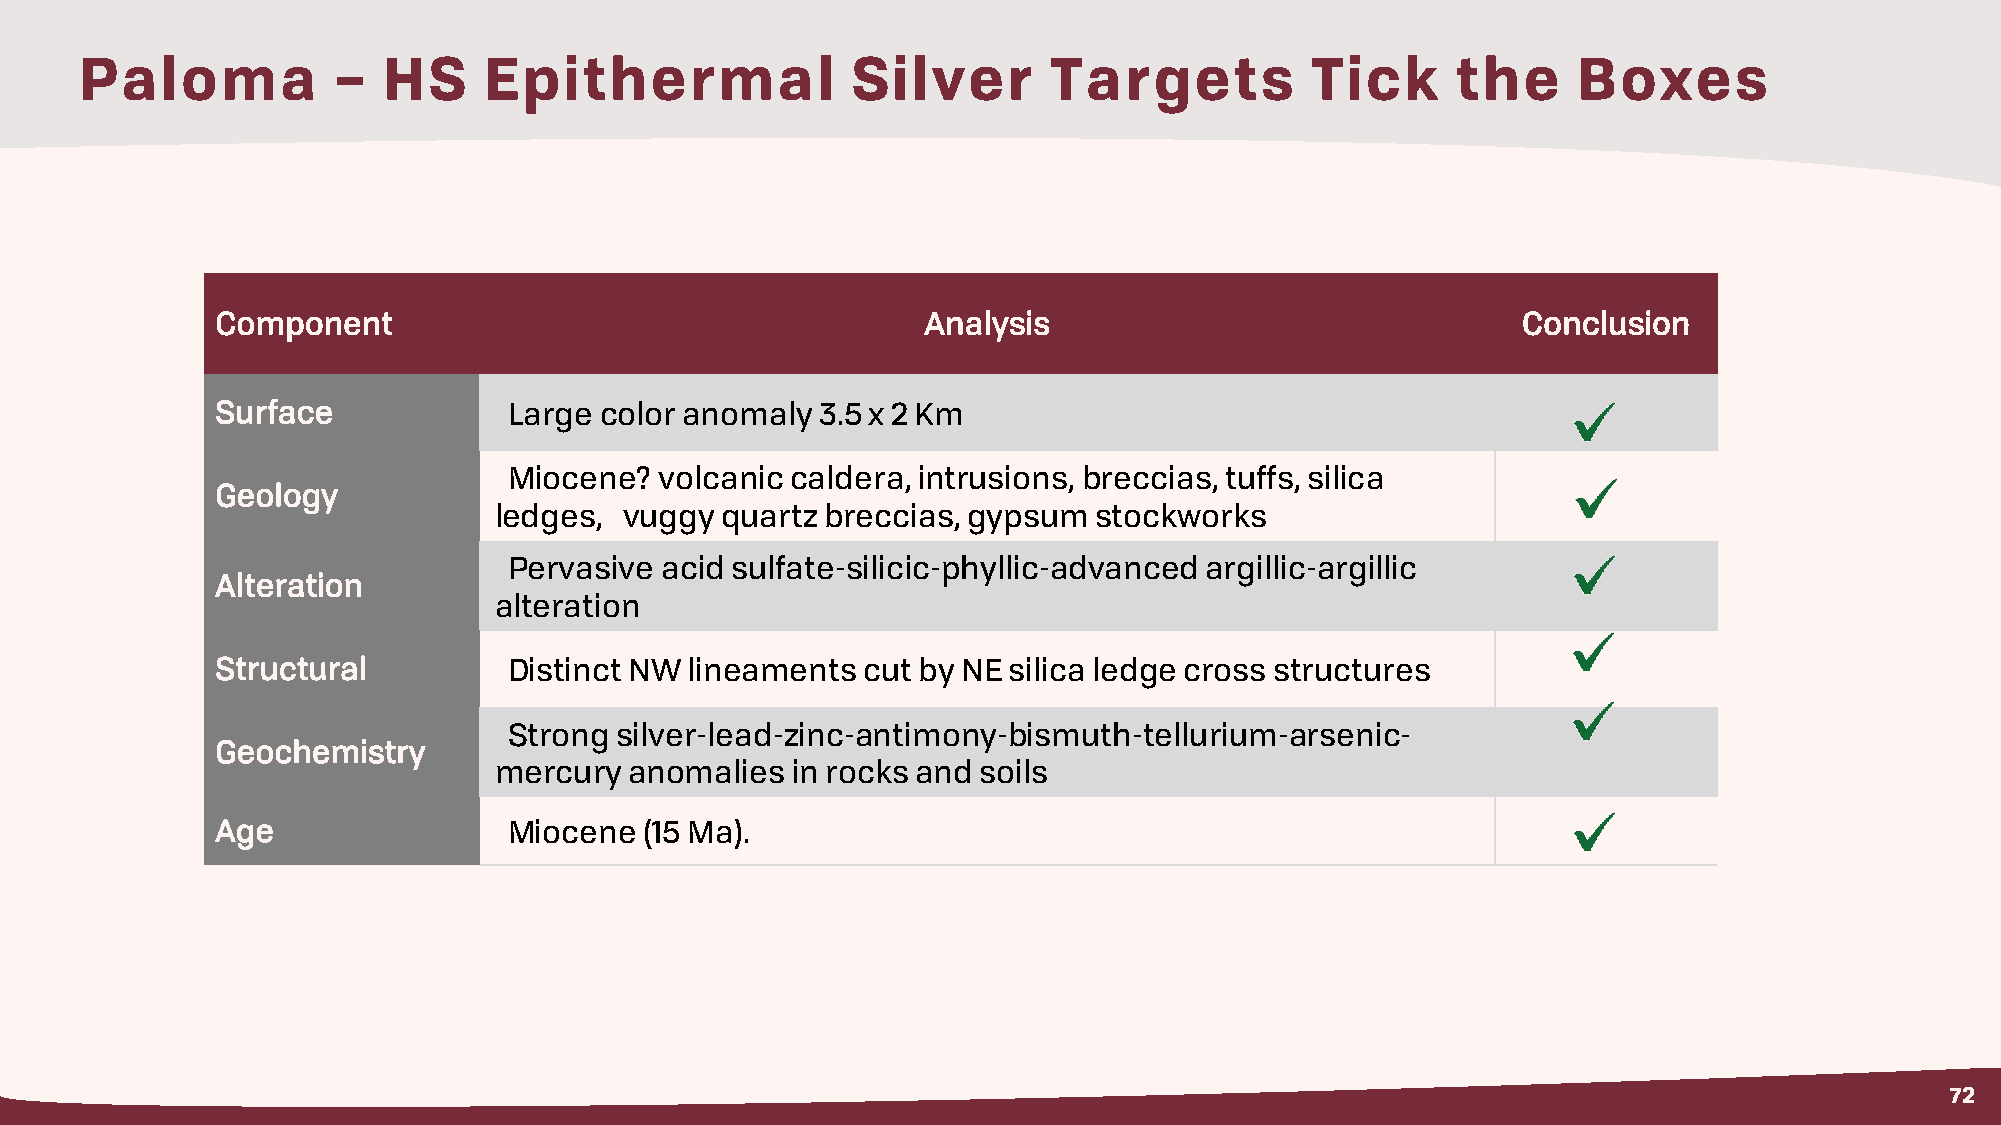
Paloma           –  HS     Epithermal              Silver       Targets           Tick     the     Boxes
 Component                                      Analysis                                Conclusion
 Surface             Large color anomaly 3.5 x 2 Km
 Miocene?  volcanic caldera, intrusions, breccias, tuffs, silica
 Geology
 ledges, vuggy  quartz breccias, gypsumstockworks
 Pervasive acid sulfate-silicic-phyllic-advanced argillic-argillic
 Alteration
 alteration
 Structural          Distinct NW lineaments cut by NE silica ledge cross structures
 Strong silver-lead-zinc-antimony-bismuth-tellurium-arsenic-
 Geochemistry
 mercury  anomalies in rocks and soils
 Age                 Miocene  (15 Ma).
 72